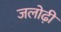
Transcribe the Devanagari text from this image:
जलोढ़ी